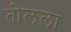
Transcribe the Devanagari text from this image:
तोलला